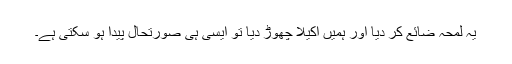
یہ لمحہ ضائع کر دیا اور ہمیں اکیلا چھوڑ دیا تو ایسی ہی صورتحال پیدا ہو سکتی ہے۔